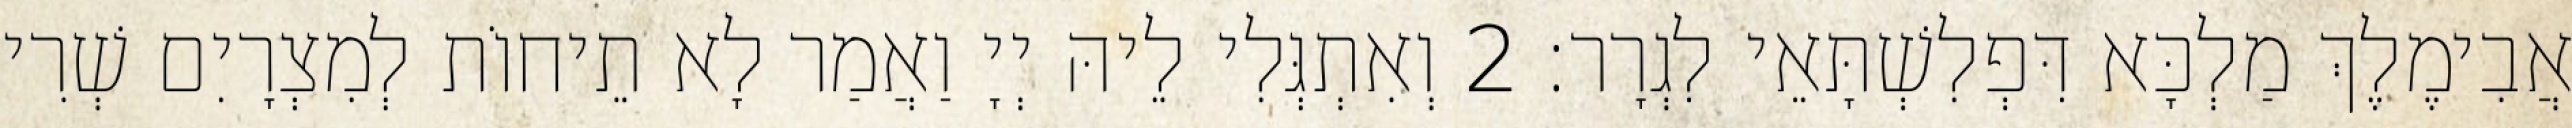
אֲבִימֶלֶךְ מַלְכָּא דִּפְלִשְׁתָּאֵי לִגְרָר׃ 2 וְאִתְגְּלִי לֵיהּ יְיָ וַאֲמַר לָא תֵיחוֹת לְמִצְרָיִם שְׁרִי